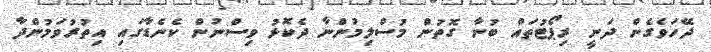
ދޭހަވެގެން ދަނީ ރިޕޯޓުތައް ބުނާ ގޮތުން މުސްލިމުންނާ ދެކޮޅު ވިސްނުން ކެނެޑާގައި އިތުރުވަމުންދާ